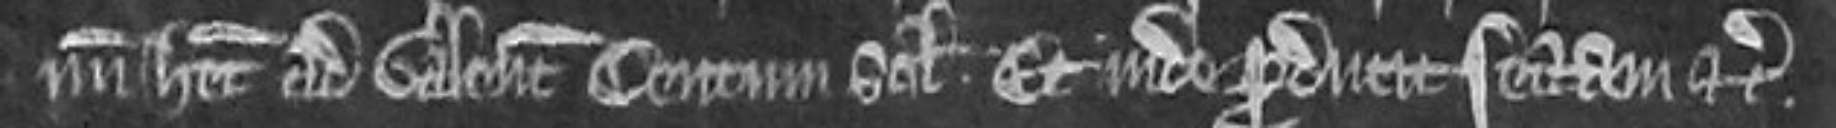
num habet ad valenciam centum solidorum. Et inde producit sectam etc.